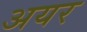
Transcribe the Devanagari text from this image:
अयर